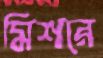
মিশরে